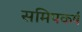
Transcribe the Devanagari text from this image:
समिपकर्ष